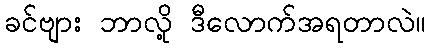
ခင်ဗျား ဘာလို့ ဒီလောက်အရတာလဲ။